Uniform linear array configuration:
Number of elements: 48
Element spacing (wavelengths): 0.25
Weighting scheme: cosine
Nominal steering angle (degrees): -15
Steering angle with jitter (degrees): -15.316
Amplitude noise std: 0.05
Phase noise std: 0.05

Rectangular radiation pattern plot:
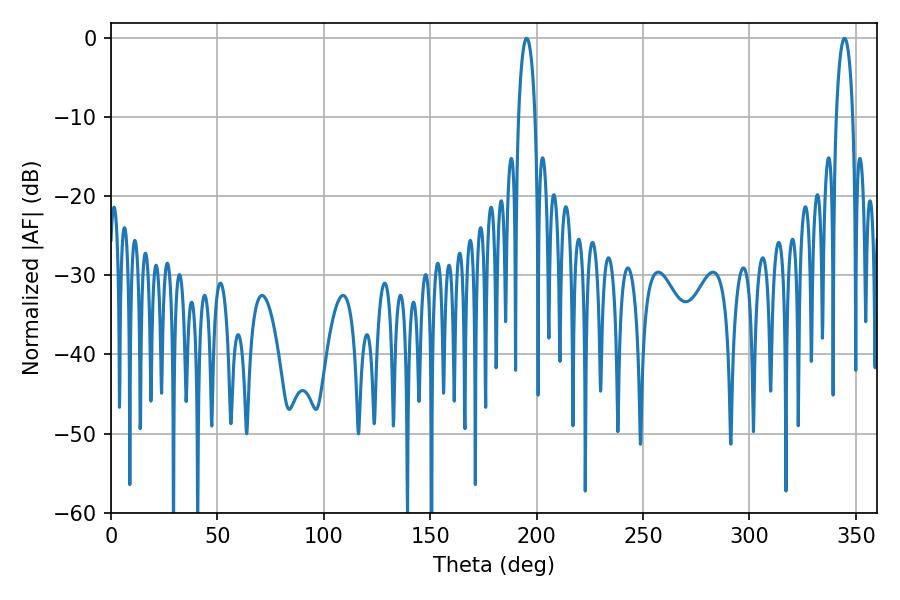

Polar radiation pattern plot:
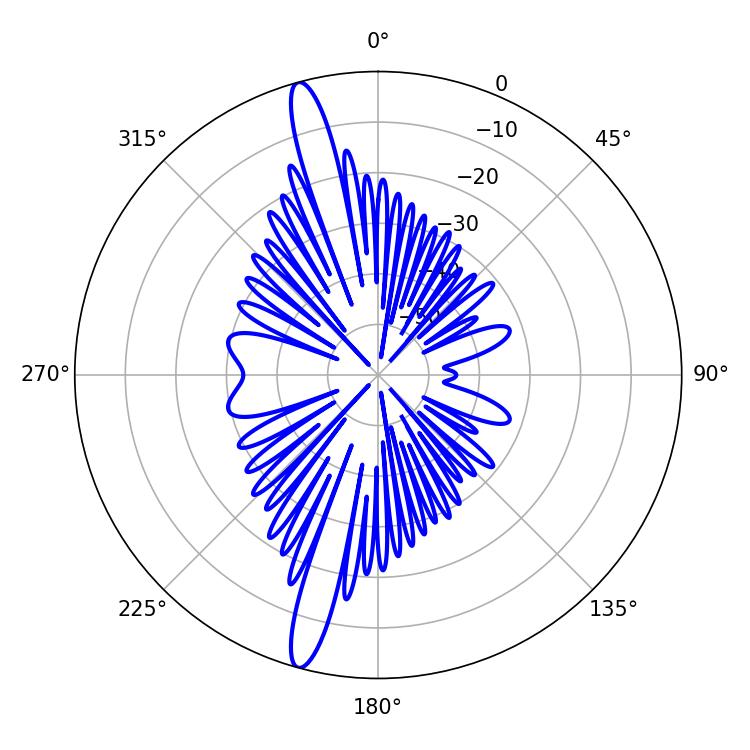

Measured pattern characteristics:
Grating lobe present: FALSE
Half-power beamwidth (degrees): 4.32
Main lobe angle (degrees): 195.3